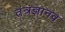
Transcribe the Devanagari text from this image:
तंत्रज्ञानव